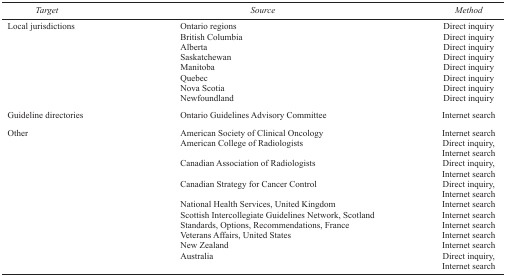
| Target | Source | Method |
 | --- | --- | --- |
 | Local jurisdictions | Ontario regions | Direct inquiry |
 |  | British Columbia | Direct inquiry |
 |  | Alberta | Direct inquiry |
 |  | Saskatchewan | Direct inquiry |
 |  | Manitoba | Direct inquiry |
 |  | Quebec | Direct inquiry |
 |  | Nova Scotia | Direct inquiry |
 |  | Newfoundland | Direct inquiry |
 | Guideline directories | Ontario Guidelines Advisory Committee | Internet search |
 | Other | American Society of Clinical Oncology | Internet search |
 |  | American College of Radiologists | Direct inquiry, Internet search |
 |  | Canadian Association of Radiologists | Direct inquiry, Internet search |
 |  | Canadian Strategy for Cancer Control | Direct inquiry, Internet search |
 |  | National Health Services, United Kingdom | Internet search |
 |  | Scottish Intercollegiate Guidelines Network, Scotland | Internet search |
 |  | Standards, Options, Recommendations, France | Internet search |
 |  | Veterans Affairs, United States | Internet search |
 |  | New Zealand | Internet search |
 |  | Australia | Direct inquiry, Internet search |